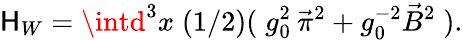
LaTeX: \mathsf{H}_{W}=\intd^{3}x\; (1/2)(\; g_{0}^{2}\: \vec{{\pi}}^{2}+g_{0}^{-2}\vec{{B}}^{2}\; ).